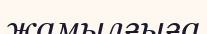
жамылғыға